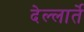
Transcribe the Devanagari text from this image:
देल्लार्ते